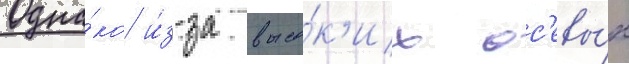
Одна́ко и́з-за высо́к'их ос'евы́х